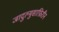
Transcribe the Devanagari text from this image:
जादुल्मुसाफ़िरीन